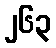
၂၆၃